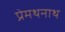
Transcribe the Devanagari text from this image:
प्रेमथनाथ